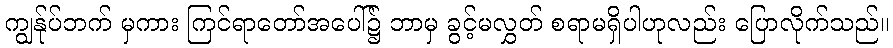
ကျွန်ုပ်ဘက် မှကား ကြင်ရာတော်အပေါ်၌ ဘာမှ ခွင့်မလွှတ် စရာမရှိပါဟုလည်း ပြောလိုက်သည်။